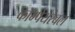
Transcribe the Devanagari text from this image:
कॉम्पेयरेबल